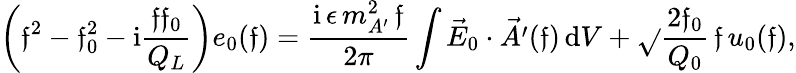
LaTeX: \left(\mathfrak{f}^{2}-\mathfrak{f}_{0}^{2}-\mathrm{{i}}\frac{{\mathfrak{f}\mathfrak{f}_{0}}}{{Q_{L}}}\right)e_{0}(\mathfrak{f})=\frac{{\mathrm{{i}}\, \epsilon\, m_{A^{\prime}}^{2}\, \mathfrak{f}}}{{2\pi}}\int\vec{{E}}_{0}\cdot\vec{{A^{\prime}}}(\mathfrak{f})\, \mathrm{{d}}V+\sqrt{}{{\frac{{2\mathfrak{f}_{0}}}{{Q_{0}}}}}\, \mathfrak{f}\, {u}_{0}(\mathfrak{f}),